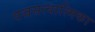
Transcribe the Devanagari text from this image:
वज्रसत्वात्मिका